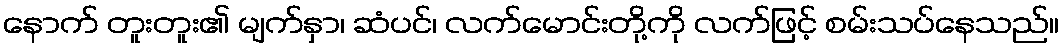
နောက် တူးတူး၏ မျက်နှာ၊ ဆံပင်၊ လက်မောင်းတို့ကို လက်ဖြင့် စမ်းသပ်နေသည်။